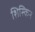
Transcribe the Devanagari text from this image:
शिस्किन